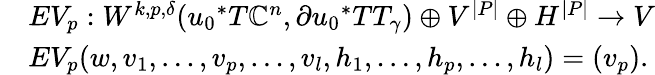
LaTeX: \begin{array}{rl}&{EV_{p}:W^{k,p,\delta}({u_{0}}^{*}T\mathbb{C}^{n},\partial{u_{0}}^{*}TT_{\gamma})\oplus V^{|P|}\oplus H^{|P|}\to V}\\ &{EV_{p}(w,v_{1},\dots,v_{p},\dots,v_{l},h_{1},\dots,h_{p},\dots,h_{l})=(v_{p}).}\end{array}